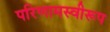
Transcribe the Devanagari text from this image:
परिणामस्वीरूप